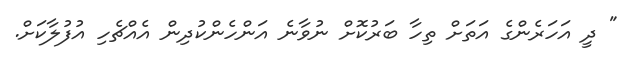
" ދީ އަހަރެންގެ އަތަށް ތިހާ ބަރުކޮށް ނުވާނެ އަންހެންކުދިން އެއްޗެހި އުފުލާކަށް.